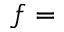
f =